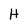
Character: H